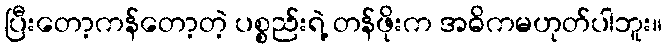
ပြီးတော့ကန်တော့တဲ့ ပစ္စည်းရဲ့ တန်ဖိုးက အဓိကမဟုတ်ပါဘူး။